Annual statistical returns and brief notes on vaccination in Bengal - 1887-1898
Year: 1887
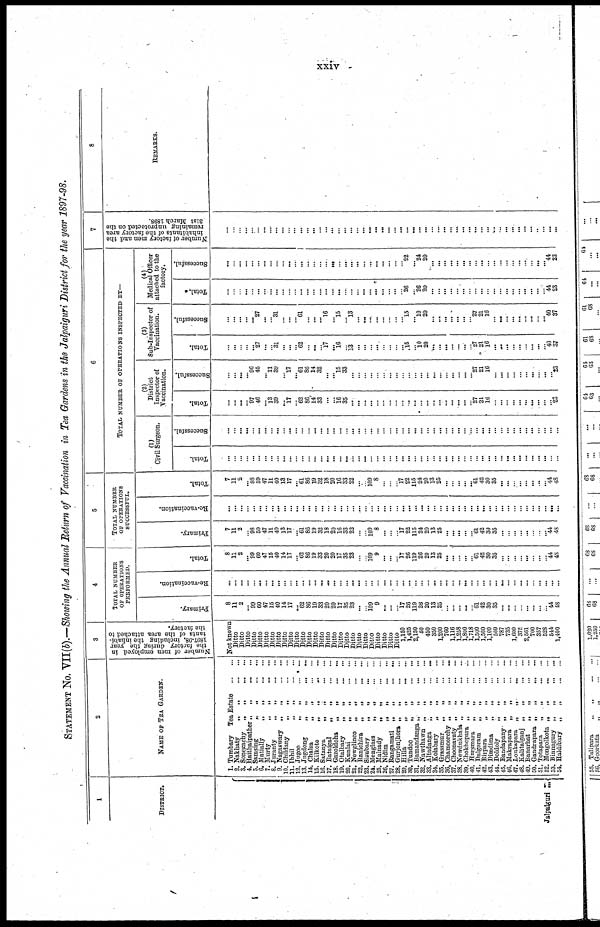
xxiv
STATEMENT No. VII(b).—Showing the Annual Return of Vaccination in Tea Gardens in the Jalpaiguri District for the year 1897-98.
1
DISTRICT.
Jalpaiguri...
2
NAME OF TEA GARDEN.
1. Tumbary Tea Estate...
...
2. Nakhaty
„ „
...
...
3. Sonegachy„
„
...
...
4. Haithaipather„
„
...
...
5.
Samsing„
„
...
...
6.
Matially„
„
...
...
7.
Murty„
„
...
...
8. Juranty„ „
...
...
9.
Nagaswary„
„
...
...
10.
Childany„
„
...
...
11.Ibhil„ „
...
...
12. Jugoo„ „
...
...
13.
Jugdong„ „ ... ... ...
14.
Chalsa„
„
...
...
15.
Kilkote„
„
...
...
16. Satanya„ „
...
...
17. Bataigal„ „
...
...
18. Gazoldoha„ „
...
...
19. Otalbary„ „
...
...
20. Kunlai„ „
...
...
21.
Newglinco„
„
...
...
22.
Ramchira„
„
...
...
23.
Sisubary„
„
...
...
24.
Menglass„
„
...
...
25.
Malnady„
„
...
...
26.
Nidim„
„
...
...
27.
Rangamati„
„
...
...
28.
Gurjonjhora„
„
...
...
29.
Hilla„
„
...
...
30.
Tundoo„
„
...
...
31.
Bamandanga„
„
...
...
32.
Nawthawn„
„
...
...
33.
Altadanga„
„
...
...
34.
Kolabary„
„
...
...
35.
Grassmur„
„
...
...
36.
Chamoorchy„
„
...
...
37.
Choonavaty„
„
...
...
38. Newdukhala„ „ ... ...
39.
Chokhopara„
„
...
...
40.
Hursmara„
„
...
...
41.
Dalgoram„
„
...
...
42.
Birpara„
„
...
...
43.
Dimdima„
„
...
...
44. Doldoly„ „ ... ...
45
Bandapany„ „ ... ...
46.
Makrapara„
„
...
...
47.
Loukapara„
„
...
...
48.
Kahtalganj„
„
...
...
49.
Banarhat„
„
...
...
50.
Gandrapara„
„
...
...
51.
Totapara„
„
...
...
52. Mongolkota„ „ ... ...
53. Binnagury„ „ ... ...
54.
Haldibary„
„
...
...
3
Number of men employed in
the factory during the year
1897-98, including the inhabi-
tants of the area attached to
the factory.
Not known
Ditto
Ditto
Ditto
Ditto
Ditto
Ditto
Ditto
Ditto
Ditto
Ditto
Ditto
Ditto
Ditto
Ditto
Ditto
Ditto
Ditto
Ditto
Ditto
Ditto
Ditto
Ditto
Ditto
Ditto
Ditto
Ditto
Ditto
1,150
1,425
2,150
50
450
350
1,200
760
1,116
1,258
1,800
1,718
1,500
1,500
1,100
500
787
735
1,600
375
2,561
700
357
528
544
1,400
4
TOTAL NUMBER
OP OPERATIONS
PERFORMED.
Primary.
8
11
2
... 99
60
47
15
40
14
17
... 62
86
19
33
20
20
17
35
23
...
... 109
9
...
...
... 17
26
119
26
20
13
25
... ...
...
...
... 61
42
30
35
...
...
...
... ...
...
...
... 44
48
Re-vaccination.
...
...
...
...
...
...
...
...
...
...
...
...
...
...
...
...
...
...
...
...
...
...
...
...
...
...
...
...
...
...
...
...
...
...
... ...
...
...
...
...
... ...
... ...
...
...
... ...
...
... ...
...
...
...
Total.
8
11
2
... 99
60
47
15
40
14
17
... 62
86
19
33
20
20
17
35
23
...
... 109
9
... ...
... 17
26
119
26
20
13
25
...
...
... ...
... 61
42
30
35
... ...
...
... ...
...
...
... 44
48
5
TOTAL NUMBER
OF OPERATIONS
SUCCESSFUL.
Primary.
7
11
2 ... 98
59
47
11
40
13
17
...
61
86
19
32
18
20
16
33
22
...
...
109
8
...
...
... 17
22
115
24
20
13
25
...
...
...
...
... 61
42
30
35
...
...
... ...
...
... ...
... 44
48
Re-vaccination.
...
...
...
...
...
...
...
...
...
...
...
...
...
...
...
...
...
...
...
...
...
....
...
...
...
...
...
...
...
...
...
...
...
...
...
...
...
...
...
...
... ...
...
...
... ...
... ...
...
...
...
...
...
...
Total.
7
11
2 ... 98
59
47
11
40
13
17
... 61
86
19
32
18
20
16
33
22
...
... 109 8
...
...
... 17
22
115
24
20
13
25
...
...
...
...
... 61
42
30
35
...
...
... ...
...
...
...
... 44
48
6
TOTAL NUMBER OF OPERATIONS INSPECTED BY—
(1)
Civil Surgeon.
Total.
...
...
...
...
...
...
...
...
...
...
...
...
...
...
...
...
...
...
...
...
...
...
... ...
...
...
...
...
...
...
... ...
...
...
...
...
...
...
...
...
... ...
...
...
...
...
...
...
...
...
...
...
... ...
Successful.
...
...
...
...
...
...
...
...
...
...
...
...
...
...
...
...
...
...
...
...
...
...
...
...
...
...
... ... ...
...
...
...
...
...
...
...
...
...
...
...
... ...
...
...
...
...
...
...
...
...
....
...
...
...
District
Inspector of
Vaccination.
Total.
...
...
...
... 97
46
...
13
39
...
17
...
62
86
14
33
...
...
16
35
...
...
...
...
...
... ...
...
...
...
...
...
...
...
...
...
...
...
...
... 27 21
16
... ...
...
...
...
...
...
...
...
... 23
Successful.
...
...
...
...
96
45
...
11
39
...
17
... 61
86
14
32
...
...
15
33
...
...
...
...
...
... ...
...
...
...
...
...
...
...
...
...
...
...
...
... 27 21
16
...
...
...
...
...
...
... ...
...
... 23
(3)
Sub-Inspector of
Vaccination.
Total.
...
...
...
...
...
27
...
... 31
...
...
... 62
...
...
...
17
...
16
... 13
...
...
...
...
...
...
... ... 16
... 10 20
... ...
...
...
...
...
... 27
21
16
...
...
...
...
...
... ... ...
... 40
37
Successful.
...
...
...
...
27
27
...
...
31
...
...
...
61
...
...
...
16
...
15
... l3
...
...
...
...
...
...
...
... 15
... 10
20
...
...
...
...
...
...
... 27
21
16
... ... ...
...
...
...
...
...
... 40
37
Medical Officer
attached to the
factory.
Total.
...
...
...
...
...
...
...
...
...
...
...
...
...
...
...
...
...
...
...
... ...
...
...
...
...
...
...
...
... 26
... 26
20
...
...
...
...
...
...
...
... ...
... ...
... ...
...
...
...
...
...
... 44
23
Successful.
...
...
...
...
...
...
...
...
...
...
...
...
...
...
...
...
...
...
...
... ...
...
...
...
...
...
...
...
... 22
... 24
20
...
...
...
...
...
...
...
... ...
...
...
...
...
... ...
...
... ...
... 44
23
7
Number of factory men and the
inhabitants of the factory area
remaining unprotected on the
31st March 1898.
...
...
...
... ...
...
...
....
...
...
...
...
...
...
...
...
...
...
...
...
...
...
...
...
...
...
...
...
...
...
... ...
...
...
....
...
...
...
...
...
... ...
...
...
...
...
...
...
...
...
...
...
...
...
8
REMARKS.